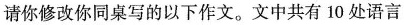
请你修改你同桌写的以下作文。文中共有 10 处语言